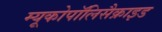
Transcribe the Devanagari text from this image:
म्यूकोपॉलिसैक्राइड